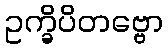
ဥက္ခိပိတဗ္ဗော